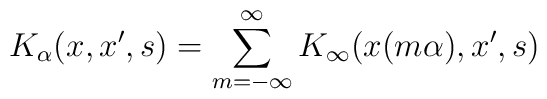
K_{\alpha}(x,x',s)=\sum_{m=-\infty}^{\infty}K_{\infty}(x(m\alpha),x',s)